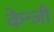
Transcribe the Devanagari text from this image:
केन्जी